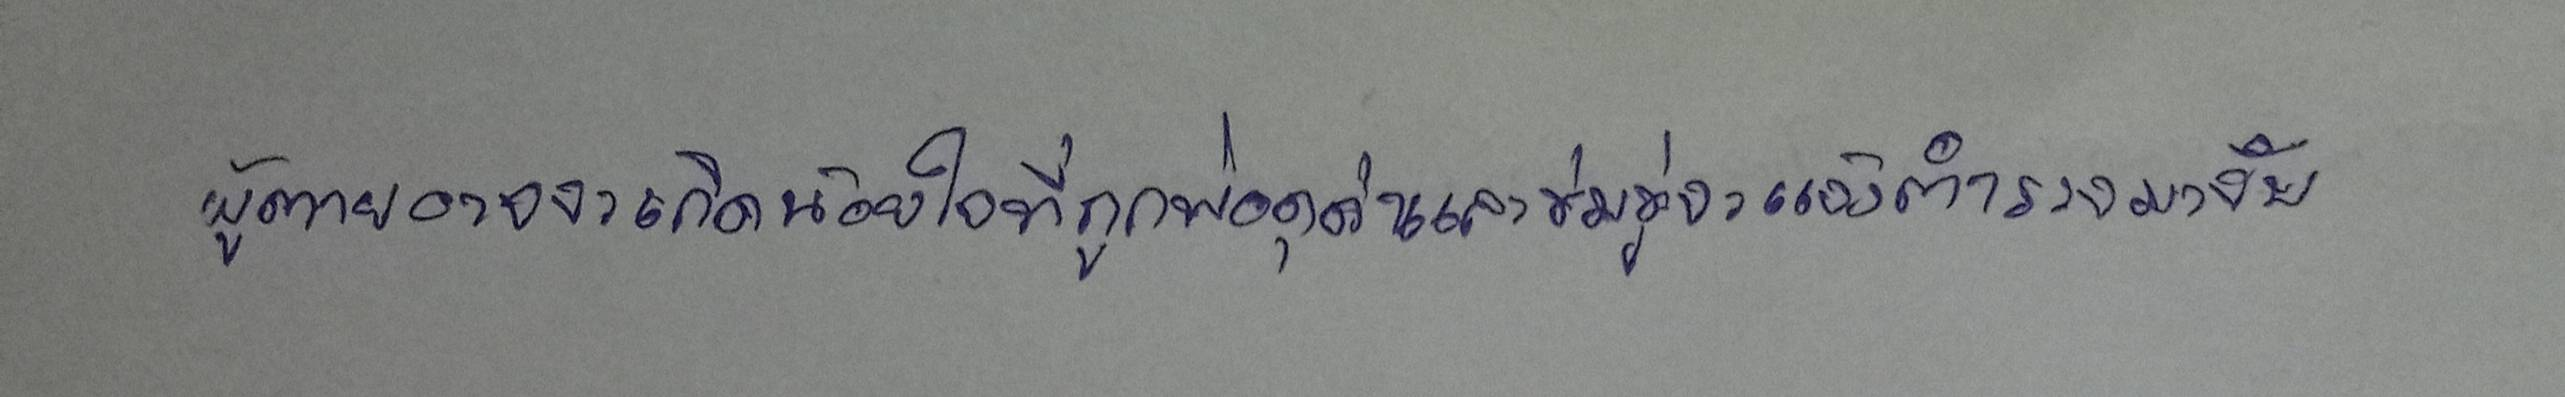
ผู้ตายอาจจะเกิดน้อยใจที่ถูกพ่อดุด่าและข่มขู่จะแจ้งตำรวจมาจับ